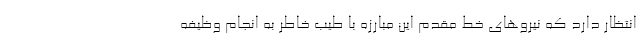
انتظار دارد که نیروهای خط مقدم این مبارزه با طیب خاطر به انجام وظیفه